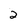
Character: 2